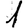
Digit: 1